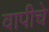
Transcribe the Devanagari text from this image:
वापीचे